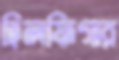
হিলফিগার